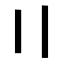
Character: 〢